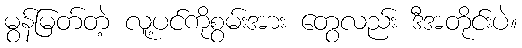
မွန်မြတ်တဲ့ လူ့ပင်ကိုစွမ်းအား တွေလည်း ဒီအတိုင်းပဲ။